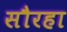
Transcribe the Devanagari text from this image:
सौरहा